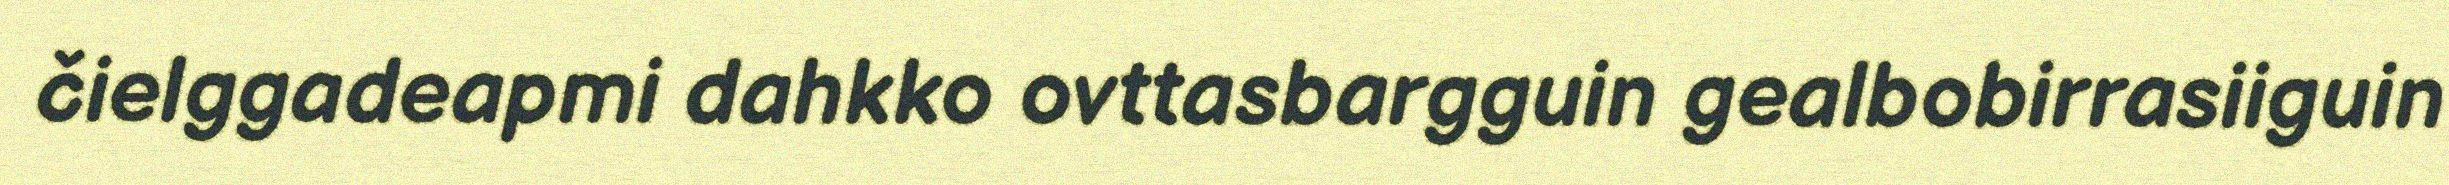
čielggadeapmi dahkko ovttasbargguin gealbobirrasiiguin